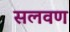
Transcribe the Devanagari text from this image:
सलवण